Scientific memoirs by medical officers of the Army of India - Part IV,
Year: 1889
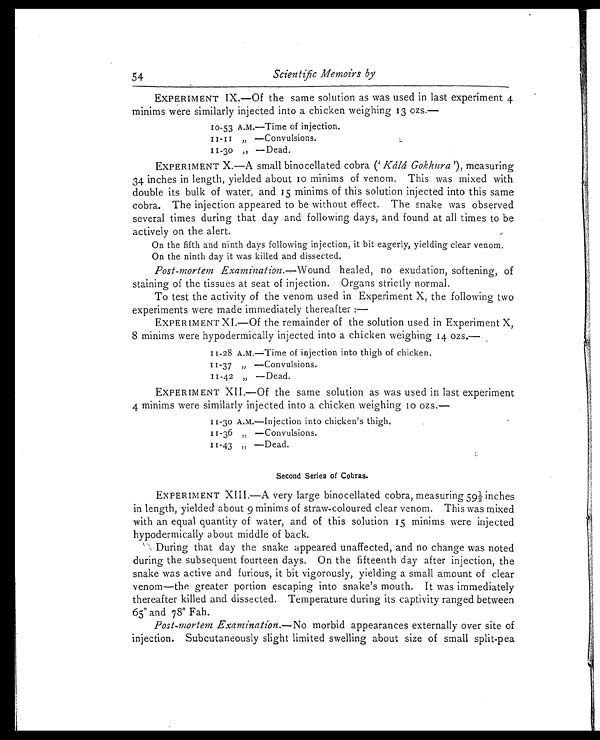
Scientific Memoirs by
EXPERIMENT IX.—Of the same solution as was used in last experiment 4
minims were similarly injected into a chicken weighing 13 ozs.—
10-53 A.M.—Time of injection.
11-11 „ —Convulsions.
11-30 „ —Dead.
EXPERIMENT X.—A small binocellated cobra (' Kálá Gokhura'), measuring
34 inches in length, yielded about 10 minims of venom. This was mixed with
double its bulk of water, and 15 minims of this solution injected into this same
cobra. The injection appeared to be without effect. The snake was observed
several times during that day and following days, and found at all times to be
actively on the alert.
On the fifth and ninth days following injection, it bit eagerly, yielding clear venom.
On the ninth day it was killed and dissected.
Post-mortem Examination.—Wound healed, no exudation, softening, of
staining of the tissues at seat of injection. Organs strictly normal.
To test the activity of the venom used in Experiment X, the following two
experiments were made immediately thereafter:
—
EXPERIMENT XI.—Of the remainder of the solution used in Experiment X,
8 minims were hypodermically injected into a chicken weighing 14 ozs.—
11-28 A.M.—Time of injection into thigh of chicken.
1 1 - 3 7 „ — C o n v u l s i o n s .
11-42 „ —Dead.
EXPERIMENT XII.—Of the same solution as was used in last experiment
4 minims were similarly injected into a chicken weighing 10 ozs.—
1 1 - 3 0 A . M . — I n j e c t i o n i n t o c h i c k e n ' s t h i g h .
11-36 „ —Convulsions.
11-43 „ —Dead.
Second Series of Cobras.
EXPERIMENT XIII.—A very large binocellated cobra, measuring 59½ inches
in length, yielded about 9 minims of straw-coloured clear venom. This was mixed
with an equal quantity of water, and of this solution 15 minims were injected
hypodermically about middle of back.
During that day the snake appeared unaffected, and no change was noted
during the subsequent fourteen days. On the fifteenth day after injection, the
snake was active and furious, it bit vigorously, yielding a small amount of clear
venom—the greater portion escaping into snake's mouth. It was immediately
thereafter killed and dissected. Temperature during its captivity ranged between
65° and 78° Fah.
Post-mortem Examination.—No morbid appearances externally over site of
injection. Subcutaneously slight limited swelling about size of small split-pea
54
Second Series of Cobras.